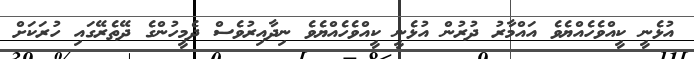
އުޅެނީ ކީއްވެހެއްޔެވެ އައްމާރު ދުރުން އުޅެނީ ކީއްވެހެއްޔެވެ ނިދާއިރުވެސް ދެމީހުންގެ ދޭތެރޭގައި ހުރަކަށް